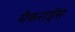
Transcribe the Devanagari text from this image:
मैकराईस